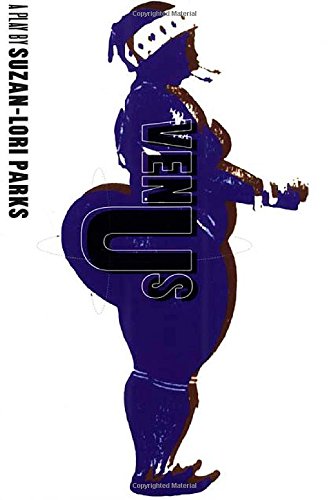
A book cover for Venus; Suzan-Lori Parks; Literature & Fiction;